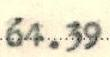
64.39